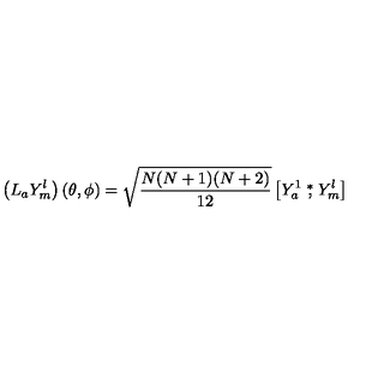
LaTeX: \left( L _ { a } { Y } _ { m } ^ { l } \right) ( \theta , \phi ) = \sqrt { \frac { N ( N + 1 ) ( N + 2 ) } { 1 2 } } \left[ { Y } _ { a } ^ { 1 } \stackrel { * } { , } { Y } _ { m } ^ { l } \right]